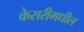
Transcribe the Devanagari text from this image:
केसरीमधील